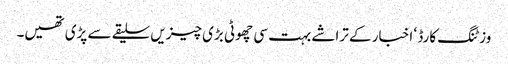
وزٹنگ کارڈ ‘ اخبار کے تراشے بہت سی چھوٹی بڑی چیزیں سلیقے سے پڑی تھیں۔